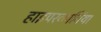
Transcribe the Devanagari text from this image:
हाइपरकार्बिया